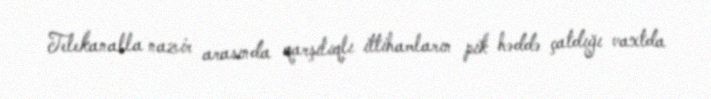
Telekanalla nazir arasında qarşılıqlı ittihamların pik həddə çatdığı vaxtda